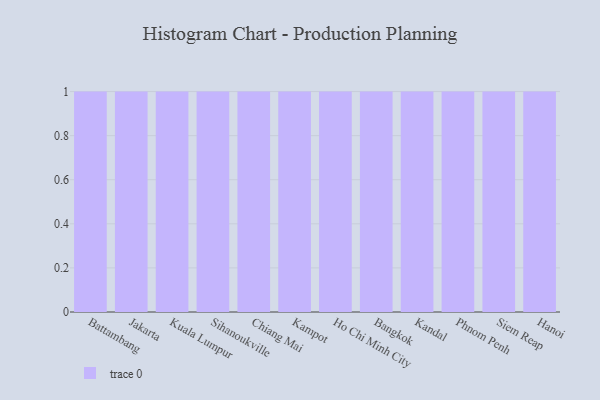
{"axis": {"x": "City", "y": "Humidity (%)"}, "legend": [""], "data": [{"x": "Battambang", "y": 54, "type": ""}, {"x": "Jakarta", "y": 13, "type": ""}, {"x": "Kuala Lumpur", "y": 90, "type": ""}, {"x": "Sihanoukville", "y": 42, "type": ""}, {"x": "Chiang Mai", "y": 26, "type": ""}, {"x": "Kampot", "y": 100, "type": ""}, {"x": "Ho Chi Minh City", "y": 28, "type": ""}, {"x": "Bangkok", "y": 95, "type": ""}, {"x": "Kandal", "y": 43, "type": ""}, {"x": "Phnom Penh", "y": 35, "type": ""}, {"x": "Siem Reap", "y": 46, "type": ""}, {"x": "Hanoi", "y": 17, "type": ""}]}